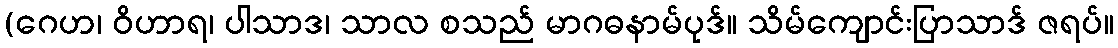
(ဂေဟ၊ ဝိဟာရ၊ ပါသာဒ၊ သာလ စသည် မာဂဓနာမ်ပုဒ်။ သိမ်ကျောင်းပြာသာဒ် ဇရပ်။